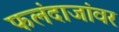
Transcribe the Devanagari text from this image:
फलंदाजांवर